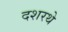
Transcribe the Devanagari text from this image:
दशरथे